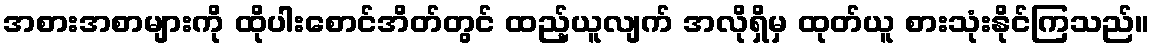
အစားအစာများကို ထိုပါးစောင်အိတ်တွင် ထည့်ယူလျက် အလိုရှိမှ ထုတ်ယူ စားသုံးနိုင်ကြသည်။